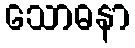
သောဓနာ